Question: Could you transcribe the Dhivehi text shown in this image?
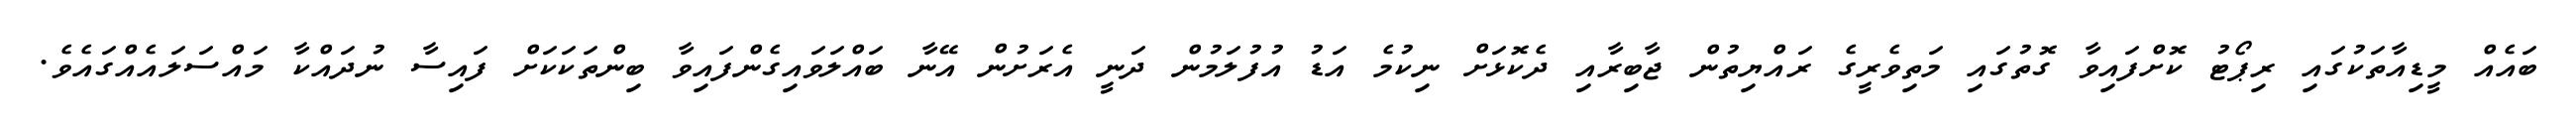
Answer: ބައެއް މީޑިއާތަކުގައި ރިޕޯޓު ކޮށްފައިވާ ގޮތުގައި މަތިވެރީގެ ރައްޔިތުން ޖާބިރާއި ދެކޮޅަށް ނިކުމެ އަޑު އުފުލަމުން ދަނީ އެރަށުން އޭނާ ބައްލަވައިގެންފައިވާ ބިންތަކަކަށް ފައިސާ ނުދައްކާ މައްސަލައެއްގައެވެ.